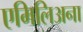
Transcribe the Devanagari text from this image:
एमिलिअना